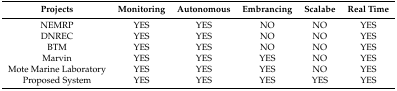
<table><thead><tr><td><b>Projects</b></td><td><b>Monitoring</b></td><td><b>Autonomous</b></td><td><b>Embrancing</b></td><td><b>Scalabe</b></td><td><b>Real Time</b></td></tr></thead><tbody><tr><td>NEMRP</td><td>YES</td><td>YES</td><td>NO</td><td>NO</td><td>YES</td></tr><tr><td>DNREC</td><td>YES</td><td>YES</td><td>NO</td><td>NO</td><td>YES</td></tr><tr><td>BTM</td><td>YES</td><td>YES</td><td>NO</td><td>NO</td><td>YES</td></tr><tr><td>Marvin</td><td>YES</td><td>YES</td><td>YES</td><td>NO</td><td>YES</td></tr><tr><td>Mote Marine Laboratory</td><td>YES</td><td>YES</td><td>YES</td><td>NO</td><td>YES</td></tr><tr><td>Proposed System</td><td>YES</td><td>YES</td><td>YES</td><td>YES</td><td>YES</td></tr></tbody></table>